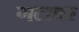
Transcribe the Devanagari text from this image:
गटावर